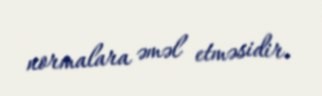
normalara əməl etməsidir.